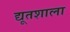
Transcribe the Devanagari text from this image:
द्यूतशाला